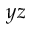
y z